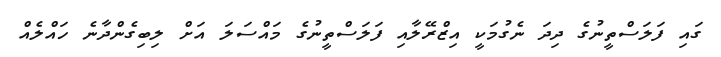
ގައި ފަލަސްތީނުގެ ދިދަ ނެގުމަކީ އިޒްރޭލާއި ފަލަސްތީނުގެ މައްސަލަ އަށް ލިބިގެންދާނެ ހައްލެއް